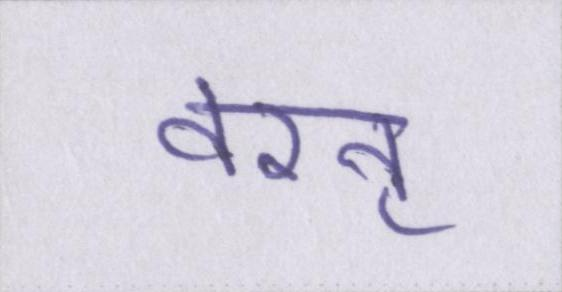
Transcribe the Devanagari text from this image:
वरन्